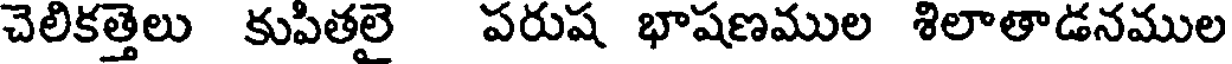
చెలికత్తెలు కుపితలై పరుష భాషణముల శిలాతాడనముల